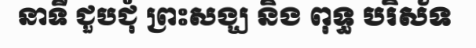
នាទី ជួបជុំ ព្រះសង្ឃ និង ពុទ្ធ បរិស័ទ